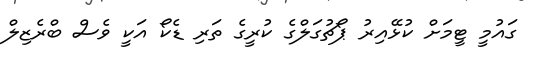
ގައުމީ ޓީމަށް ކުޅޭއިރު ޕޯޗުގަލްގެ ކުރީގެ ތަރި ޑެކޯ އަކީ ވެސް ބްރެޒިލް